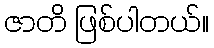
ဇာတိ ဖြစ်ပါတယ်။